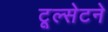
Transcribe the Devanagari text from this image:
टूल्सेटने